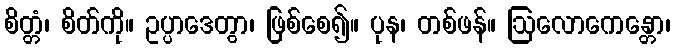
စိတ္တံ၊ စိတ်ကို။ ဥပ္ပာဒေတွာ၊ ဖြစ်စေ၍။ ပုန၊ တစ်ဖန်။ ဩလောကေန္တော၊